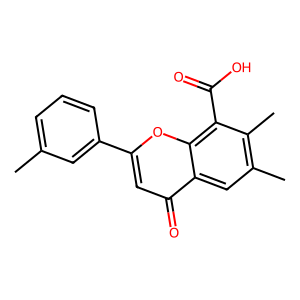
SMILES: Cc1cccc(-c2cc(=O)c3cc(C)c(C)c(C(=O)O)c3o2)c1
Inhibits HIV replication: No